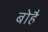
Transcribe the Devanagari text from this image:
बोहै